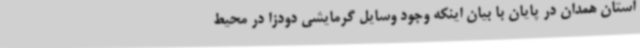
استان همدان در پایان با بیان اینکه وجود وسایل گرمایشی دودزا در محیط